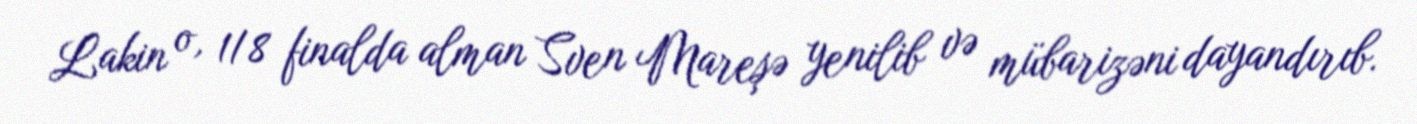
Lakin o, 1/8 finalda alman Sven Mareşə yenilib və mübarizəni dayandırıb.